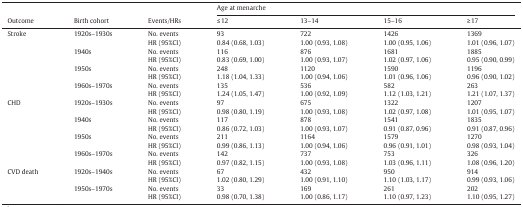
<table><thead><tr><td rowspan="2"><b>Outcome</b></td><td rowspan="2"><b>Birth cohort</b></td><td rowspan="2"><b>Events/HRs</b></td><td colspan="4"><b>Age at menarche</b></td></tr><tr><td><b>≤ 12</b></td><td><b>13–14</b></td><td><b>15–16</b></td><td><b>≥ 17</b></td></tr></thead><tbody><tr><td>Stroke</td><td>1920s–1930s</td><td>No. events</td><td>93</td><td>722</td><td>1426</td><td>1369</td></tr><tr><td></td><td></td><td>HR (95%CI)</td><td>0.84 (0.68, 1.03)</td><td>1.00 (0.93, 1.08)</td><td>1.00 (0.95, 1.06)</td><td>1.01 (0.96, 1.07)</td></tr><tr><td></td><td>1940s</td><td>No. events</td><td>116</td><td>876</td><td>1681</td><td>1885</td></tr><tr><td></td><td></td><td>HR (95%CI)</td><td>0.83 (0.69, 1.00)</td><td>1.00 (0.93, 1.07)</td><td>1.02 (0.97, 1.06)</td><td>0.95 (0.90, 0.99)</td></tr><tr><td></td><td>1950s</td><td>No. events</td><td>248</td><td>1120</td><td>1590</td><td>1196</td></tr><tr><td></td><td></td><td>HR (95%CI)</td><td>1.18 (1.04, 1.33)</td><td>1.00 (0.94, 1.06)</td><td>1.01 (0.96, 1.06)</td><td>0.96 (0.90, 1.02)</td></tr><tr><td></td><td>1960s–1970s</td><td>No. events</td><td>135</td><td>536</td><td>582</td><td>263</td></tr><tr><td></td><td></td><td>HR (95%CI)</td><td>1.24 (1.05, 1.47)</td><td>1.00 (0.92, 1.09)</td><td>1.12 (1.03, 1.21)</td><td>1.21 (1.07, 1.37)</td></tr><tr><td>CHD</td><td>1920s–1930s</td><td>No. events</td><td>97</td><td>675</td><td>1322</td><td>1207</td></tr><tr><td></td><td></td><td>HR (95%CI)</td><td>0.98 (0.80, 1.19)</td><td>1.00 (0.93, 1.08)</td><td>1.02 (0.97, 1.08)</td><td>1.01 (0.95, 1.07)</td></tr><tr><td></td><td>1940s</td><td>No. events</td><td>117</td><td>878</td><td>1541</td><td>1835</td></tr><tr><td></td><td></td><td>HR (95%CI)</td><td>0.86 (0.72, 1.03)</td><td>1.00 (0.93, 1.07)</td><td>0.91 (0.87, 0.96)</td><td>0.91 (0.87, 0.96)</td></tr><tr><td></td><td>1950s</td><td>No. events</td><td>211</td><td>1164</td><td>1579</td><td>1270</td></tr><tr><td></td><td></td><td>HR (95%CI)</td><td>0.99 (0.86, 1.13)</td><td>1.00 (0.94, 1.06)</td><td>0.96 (0.91, 1.01)</td><td>0.98 (0.93, 1.04)</td></tr><tr><td></td><td>1960s–1970s</td><td>No. events</td><td>142</td><td>737</td><td>753</td><td>326</td></tr><tr><td></td><td></td><td>HR (95%CI)</td><td>0.97 (0.82, 1.15)</td><td>1.00 (0.93, 1.08)</td><td>1.03 (0.96, 1.11)</td><td>1.08 (0.96, 1.20)</td></tr><tr><td>CVD death</td><td>1920s–1940s</td><td>No. events</td><td>67</td><td>432</td><td>950</td><td>914</td></tr><tr><td></td><td></td><td>HR (95%CI)</td><td>1.02 (0.80, 1.29)</td><td>1.00 (0.91, 1.10)</td><td>1.10 (1.03, 1.17)</td><td>0.99 (0.93, 1.06)</td></tr><tr><td></td><td>1950s–1970s</td><td>No. events</td><td>33</td><td>169</td><td>261</td><td>202</td></tr><tr><td></td><td></td><td>HR (95%CI)</td><td>0.98 (0.70, 1.38)</td><td>1.00 (0.86, 1.17)</td><td>1.10 (0.97, 1.23)</td><td>1.10 (0.95, 1.27)</td></tr></tbody></table>